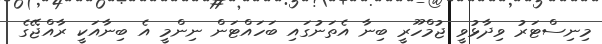
މިނިސްޓަރު ވިދާޅުވީ ޖުމްހޫރީ ބިނާ އެތަނުގައި ބަހައްޓަން ނިންމީ އެ ބިނާއަކީ ރާއްޖޭގެ